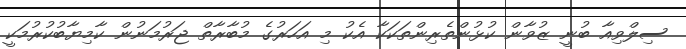
ސިލްވިއާ ބުނީ ޒުވާން ކުޅުންތެރިންތަކަކާ އެކު މި އަހަރުގެ މުބާރާތް ޖަރުމަނުން ކާމިޔާބުކުރުމަކީ